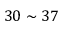
3 0 \sim 3 7